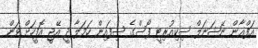
އަފްޣާން ނޭޝަނަލް ސިކިއުރިޓީ ފޯސްގެ ސިފައިން ހަމަލާ ދީ އޭޖީ އޮފީހަށް ވަން